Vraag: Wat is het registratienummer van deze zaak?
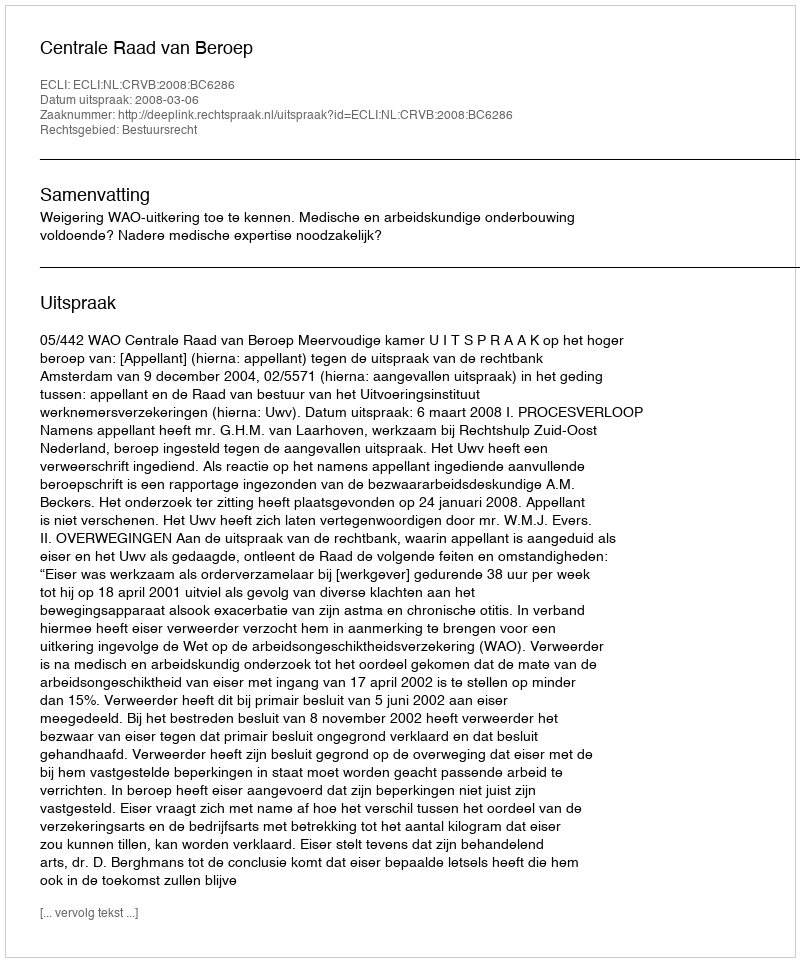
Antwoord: http://deeplink.rechtspraak.nl/uitspraak?id=ECLI:NL:CRVB:2008:BC6286